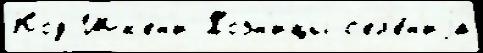
Код Шк'ен'и Хозн'ицы с'ел'е́н'иjа